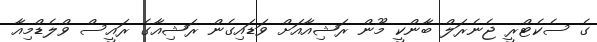
ގެ ސެކެޓްރީ ޖެނެރަލް ބާންކީ މޫން ރަޝިއާއަށް ވަޑައިގެން ރަޝިއާގެ ރައީސް ވްލެޑްމިއާ